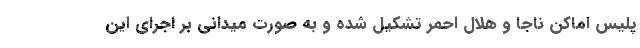
پلیس اماکن ناجا و هلال احمر تشکیل شده و به صورت میدانی بر اجرای این